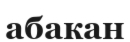
абакан